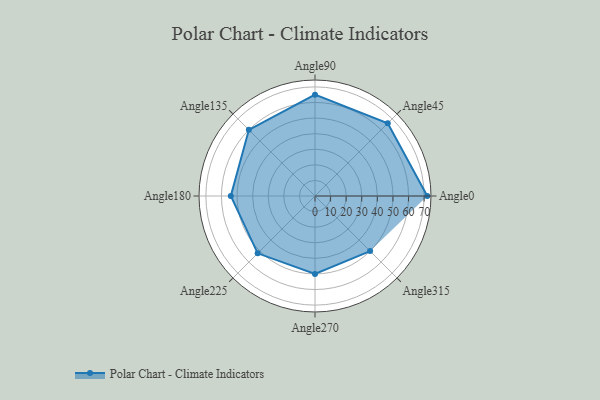
{"axis": {"x": "Angle", "y": "Radius"}, "legend": [""], "data": [{"x": "Angle0", "y": 72.0, "type": ""}, {"x": "Angle45", "y": 66.0, "type": ""}, {"x": "Angle90", "y": 65.0, "type": ""}, {"x": "Angle135", "y": 60.0, "type": ""}, {"x": "Angle180", "y": 54.0, "type": ""}, {"x": "Angle225", "y": 52.0, "type": ""}, {"x": "Angle270", "y": 50, "type": ""}, {"x": "Angle315", "y": 50, "type": ""}]}